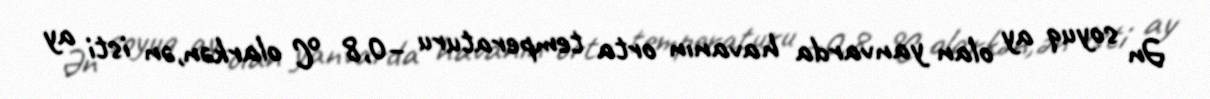
Ən soyuq ay olan yanvarda havanın orta temperaturu −0,8 °C olarkən,ən isti ay